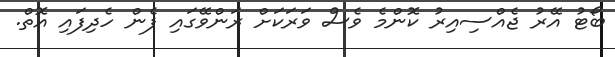
ބޯޓު އޭރު ޖެއްސިއިރު ކޮންމެ ވެސް ވަރަކަށް ރަންވޭގައި ފެން ހެދިފައި އޮތް.